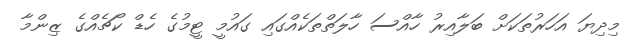
މިދިޔަ އަހަރުތަކަށް ބަލާއިރު ހާއްސަ ހާލަތްތަކެއްގައި ގައުމީ ޓީމުގެ ހެޑް ކޯޗެއްގެ ޒިންމާ